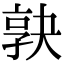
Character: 𡥹